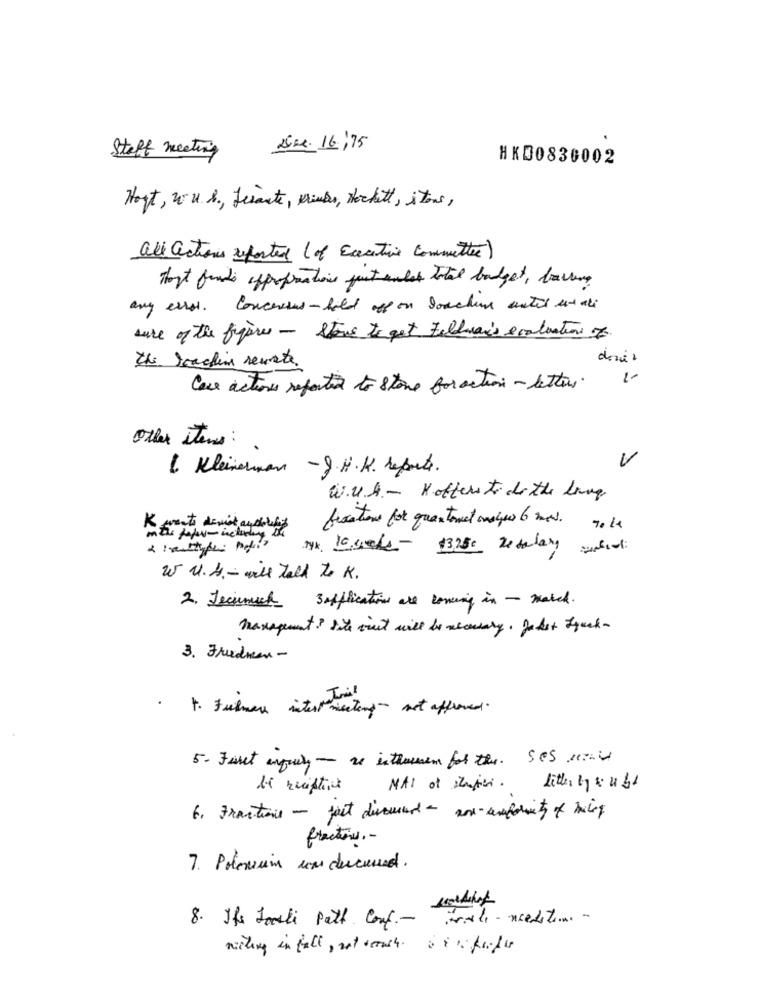
.
Staff meeting
Nike. 16/75
HK00830002
Haft, w.u. S ., Lesante, Kinder, Hockett, itons,
all actions reported ( of Executive Committee)
These funds appropriations just andet Total budget, barring
any exist. Concensus-hild off on touching until estate
sure of the figures - Stone to get Feldwar's evaluation of
dois
the reaching reuste.
Cose actions reported to stone foraction - letters.
Other items :
1 Kleinerman -J.H.H. reports.
W.V.d .- Koffers to do the Long
K wants devit andeutet
fication for quantomet meye 6 med.
Thx 1000ks- $3,25℃ De salary until
W U.S. - wie told to K.
2. Jeeunuch 3applications are coming in - match.
management? Site visst will be necessary. Daher track-
3. Friedman -
1. Fulmer intest meeting not affroned.
5. Faut injuly- re inthuren for the. Ses mais
MAI of studies. liter ty x 2 11
6. Fractions - just discussed - and uniformity of being
fractions .-
7. Poloniaim com discussed.
wal - nedsten. -
8. Its Jarsli Patt Conf .-
micking in fall , not reach. 6 inchlife